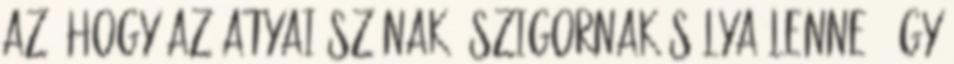
az, hogy az atyai szónak, szigornak súlya lenne. Így